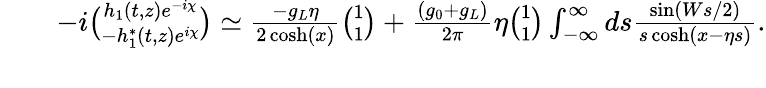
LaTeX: \begin{array}{rlr}&{}&{-i{\binom{h_{1}(t,z)e^{-i\chi}}{-h_{1}^{\ast}(t,z)e^{i\chi}}}\simeq\frac{-g_{L}\eta}{2\cosh(x)}{\binom{1}{1}}+\frac{(g_{0}+g_{L})}{2\pi}\eta{\binom{1}{1}}\int_{-\infty}^{\infty}ds\frac{\sin(Ws/2)}{s\cosh(x-\eta s)}.}\\ &{}&\end{array}